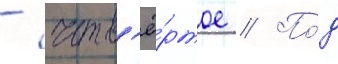
- четв'ё́ртое // По́д